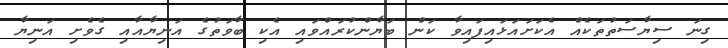
ގިނަ ސިޔާސަތުތަކެއް އެކަށައަޅައިފައިވާ ކަން ބަޔާންކުރައްވައި އެކި ބާވަތުގެ އަނިޔާއާއި ގެވެށި އަނިޔާ